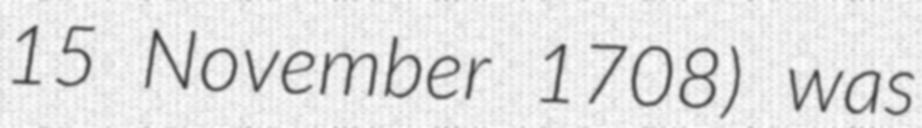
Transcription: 15 November 1708) was